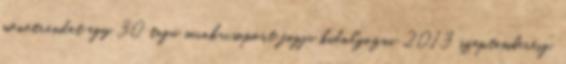
menetrendet egy 30 tagú munkacsoport fogja kidolgozni 2013 szeptemberéig.